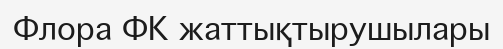
Флора ФК жаттықтырушылары